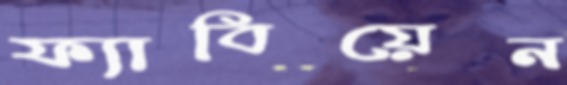
ফ্যাবিয়েন